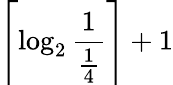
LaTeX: \left\lceil\log_{2}{\frac{1}{\frac{1}{4}}}\right\rceil+1